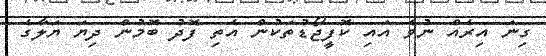
ގިނަ އިރެއް ނުވެ އައި ކޮފީޖޯޑުތަކުން އެތި ފޮދު ބޮމުން ދިޔަ ޔަލާގެ